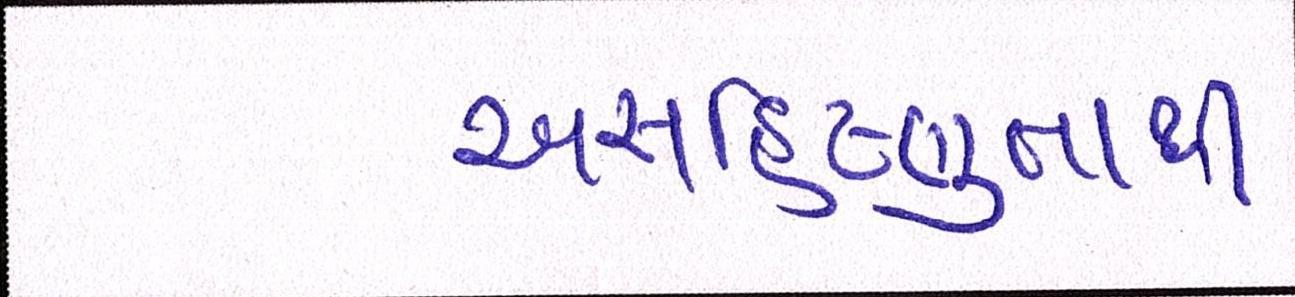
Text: અસહિષ્ણુતાથી